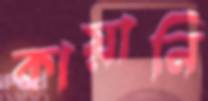
কায়ানি